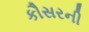
કૌસરની